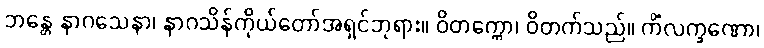
ဘန္တေ နာဂသေနာ၊ နာဂသိန်ကိုယ်တော်အရှင်ဘုရား။ ဝိတက္ကော၊ ဝိတက်သည်။ ကိံလက္ခဏော၊